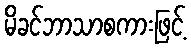
မိခင်ဘာသာစကားဖြင့်